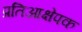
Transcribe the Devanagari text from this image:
प्रतिआक्षेपक